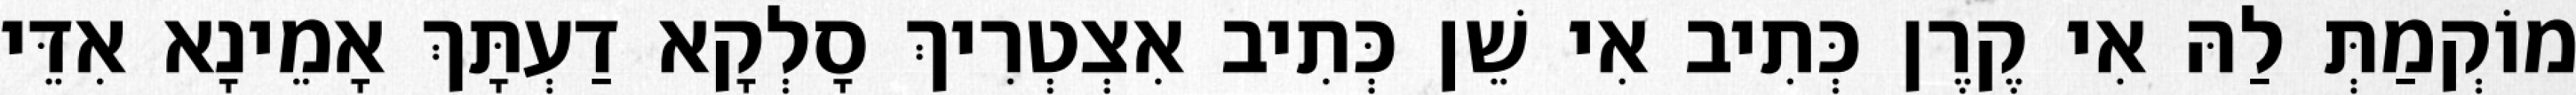
מוֹקְמַתְּ לַהּ אִי קֶרֶן כְּתִיב אִי שֵׁן כְּתִיב אִצְטְרִיךְ סָלְקָא דַעְתָּךְ אָמֵינָא אִדֵּי